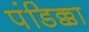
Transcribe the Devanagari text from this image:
पंडिक्का